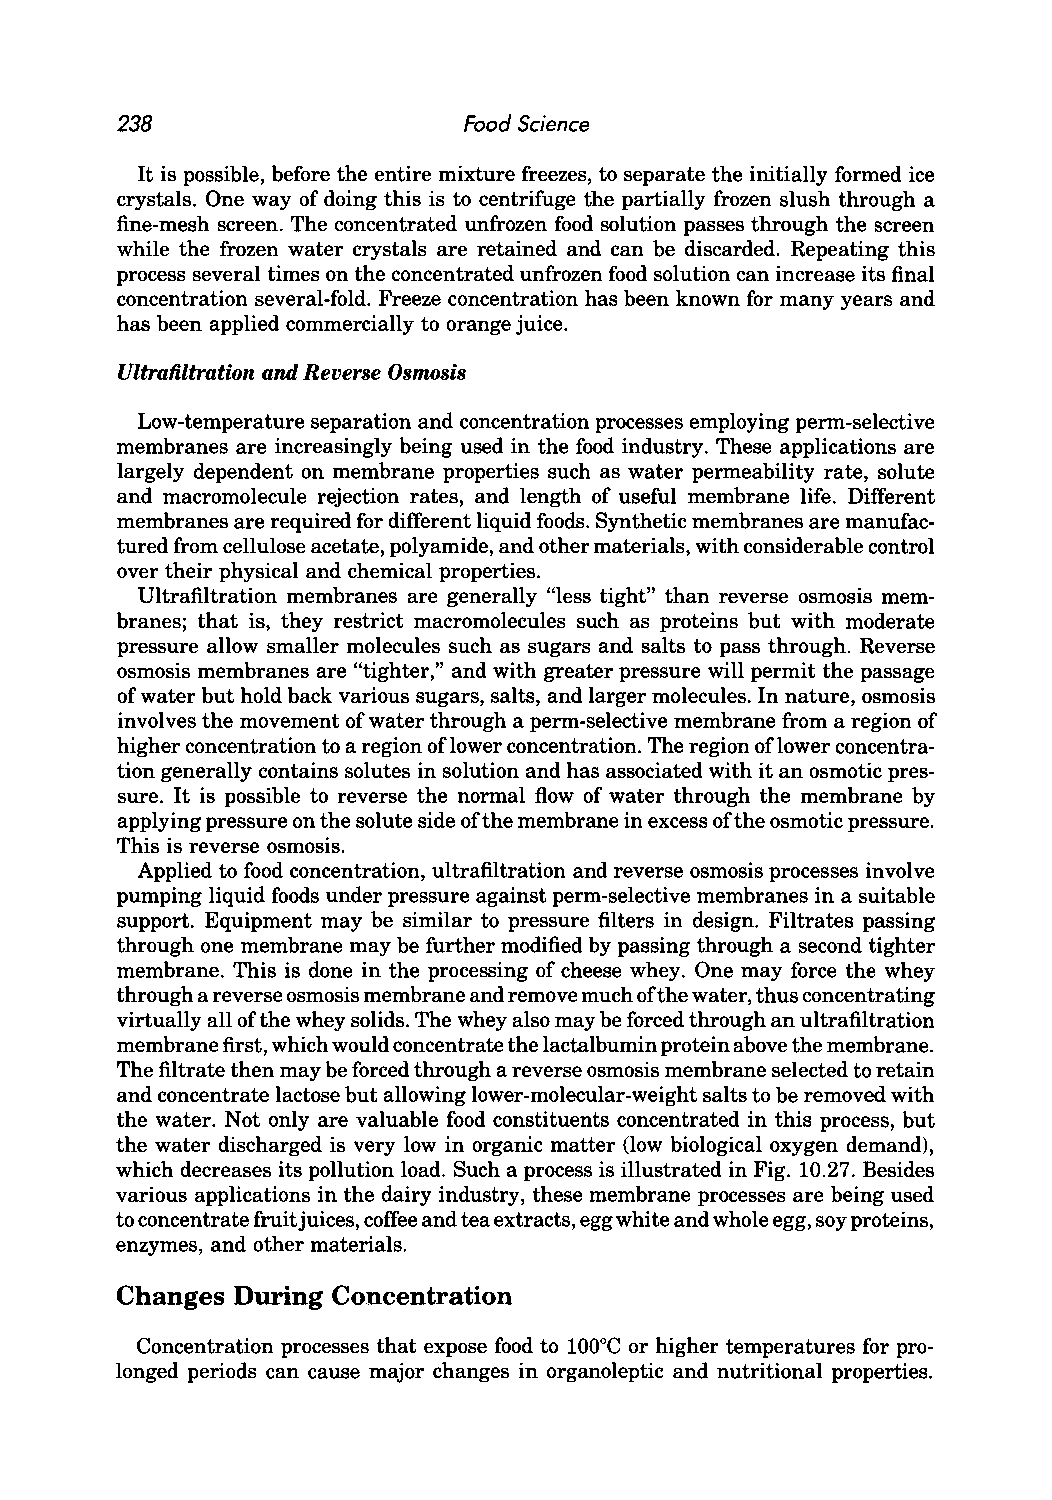
238                    Food Science
 It is possible, before the entire mixture freezes, to separate the initially formed ice
 crystals. One way of doing this is to centrifuge the partially frozen slush through a
 fine-mesh screen. The concentrated unfrozen food solution passes through the screen
 while the frozen water crystals are retained and can be discarded. Repeating this
 process several times on the concentrated unfrozen food solution can increase its final
 concentration several-fold. Freeze concentration has been known for many years and
 has been applied commercially to orange juice.
 Ultrafiltration and Reverse Osmosis
 Low-temperature separation and concentration processes employing perm-selective
 membranes are increasingly being used in the food industry. These applications are
 largely dependent on membrane properties such as water permeability rate, solute
 and macromolecule rejection rates, and length of useful membrane life. Different
 membranes are required for different liquid foods. Synthetic membranes are manufac
 tured from cellulose acetate, polyamide, and other materials, with considerable control
 over their physical and chemical properties.
 Ultrafiltration membranes are generally "less tight" than reverse osmosis mem
 branes; that is, they restrict macromolecules such as proteins but with moderate
 pressure allow smaller molecules such as sugars and salts to pass through. Reverse
 osmosis membranes are "tighter," and with greater pressure will permit the passage
 of water but hold back various sugars, salts, and larger molecules. In nature, osmosis
 involves the movement of water through a perm-selective membrane from a region of
 higher concentration to a region oflower concentration. The region oflower concentra
 tion generally contains solutes in solution and has associated with it an osmotic pres
 sure. It is possible to reverse the normal flow of water through the membrane by
 applying pressure on the solute side of the membrane in excess of the osmotic pressure.
 This is reverse osmosis.
 Applied to food concentration, ultrafiltration and reverse osmosis processes involve
 pumping liquid foods under pressure against perm-selective membranes in a suitable
 support. Equipment may be similar to pressure filters in design. Filtrates passing
 through one membrane may be further modified by passing through a second tighter
 membrane. This is done in the processing of cheese whey. One may force the whey
 through a reverse osmosis membrane and remove much of the water, thus concentrating
 virtually all of the whey solids. The whey also may be forced through an ultrafiltration
 membrane first, which would concentrate the lactalbumin protein above the membrane.
 The filtrate then may be forced through a reverse osmosis membrane selected to retain
 and concentrate lactose but allowing lower-molecular-weight salts to be removed with
 the water. Not only are valuable food constituents concentrated in this process, but
 the water discharged is very low in organic matter (low biological oxygen demand),
 which decreases its pollution load. Such a process is illustrated in Fig. 10.27. Besides
 various applications in the dairy industry, these membrane processes are being used
 to concentrate fruit juices, coffee and tea extracts, egg white and whole egg, soy proteins,
 enzymes, and other materials.
 Changes During Concentration
 Concentration processes that expose food to 100°C or higher temperatures for pro
 longed periods can cause major changes in organoleptic and nutritional properties.